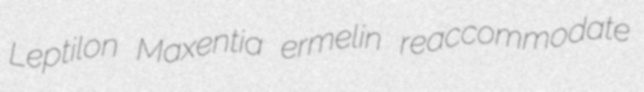
Leptilon Maxentia ermelin reaccommodate